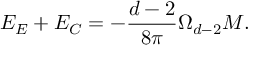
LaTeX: E _ { E } + E _ { C } = - \frac { d - 2 } { 8 \pi } \Omega _ { d - 2 } M .